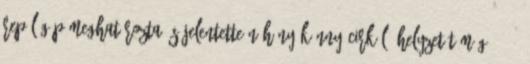
repülőgép meghatározta és jelentette néhány könnyűcirkáló helyzetét még 16:30